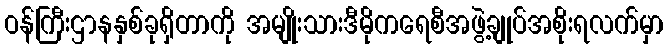
ဝန်ကြီးဌာနနှစ်ခုရှိတာကို အမျိုးသားဒီမိုကရေစီအဖွဲ့ချုပ်အစိုးရလက်မှာ